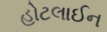
હોટલાઈન